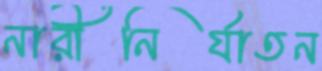
নারীনির্যাতন